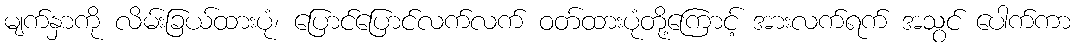
မျက်နှာကို လိမ်းခြယ်ထားပုံ၊ ပြောင်ပြောင်လက်လက် ဝတ်ထားပုံတို့ကြောင့် အားလက်ရက် အသွင် ပေါက်ကာ